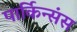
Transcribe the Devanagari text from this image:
पार्किन्संस